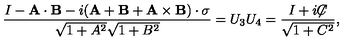
{ \frac { I - { \bf A } \cdot { \bf B } - i ( { \bf A } + { \bf B } + { \bf A } \times { \bf B } ) \cdot { \bf \sigma } } { \sqrt { 1 + A ^ { 2 } } \sqrt { 1 + B ^ { 2 } } } } = U _ { 3 } U _ { 4 } = { \frac { I + i { \not \! \! C } } { \sqrt { 1 + C ^ { 2 } } } } ,